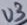
Text: U3